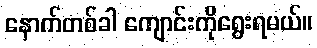
နောက်တစ်ခါ ကျောင်းကိုရွေးရမယ်။